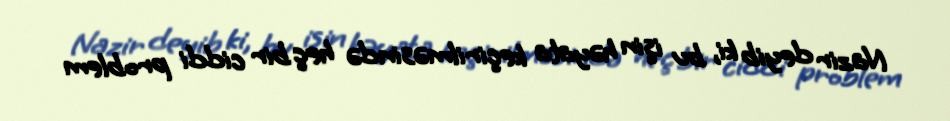
Nazir deyib ki, bu işin həyata keçirilməsində heç bir ciddi problem